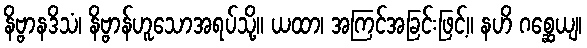
နိဗ္ဗာနဒိသံ၊ နိဗ္ဗာန်ဟူသောအရပ်သို့။ ယထာ၊ အကြင်အခြင်းဖြင့်။ နဟိ ဂစ္ဆေယျ၊